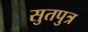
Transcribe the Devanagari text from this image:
सुतपुत्र